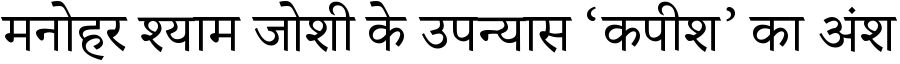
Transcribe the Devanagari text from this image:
मनोहर श्याम जोशी के उपन्यास ‘कपीश’ का अंश